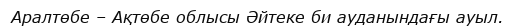
Аралтөбе – Ақтөбе облысы Әйтеке би ауданындағы ауыл.